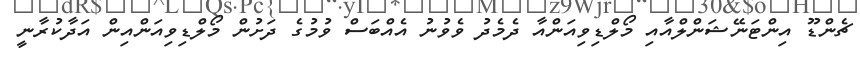
ޗެންޑޫ އިންޓަނޭޝަންލްއާއި މޯލްޑިވިއަންއާ ދެމެދު ވެވުނު އެއްބަސް ވުމުގެ ދަށުން މޯލްޑިވިއަންއިން އަދާކުރާނީ